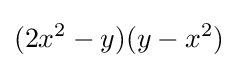
(2x^{2}-y)(y-x^{2})